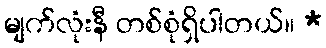
မျက်လုံးနီ တစ်စုံရှိပါတယ်။ *